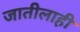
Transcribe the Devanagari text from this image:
जातीलाही